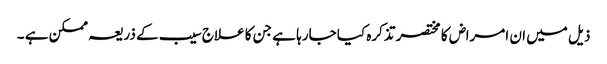
ذیل میں ان امراض کا مختصر تذکرہ کیا جارہا ہے جن کا علاج سیب کے ذریعہ ممکن ہے ۔